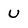
Character: u